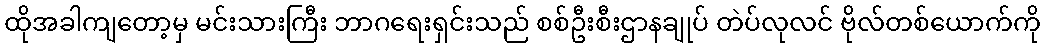
ထိုအခါကျတော့မှ မင်းသားကြီး ဘာဂရေးရှင်းသည် စစ်ဦးစီးဌာနချုပ် တဲပ်လုလင် ဗိုလ်တစ်ယောက်ကို